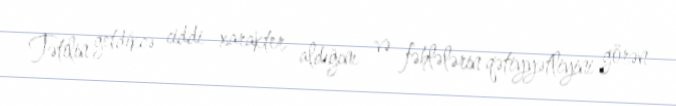
Tətilin getdikcə ciddi xarakter aldığını və fəhlələrin qətiyyətliyini görən